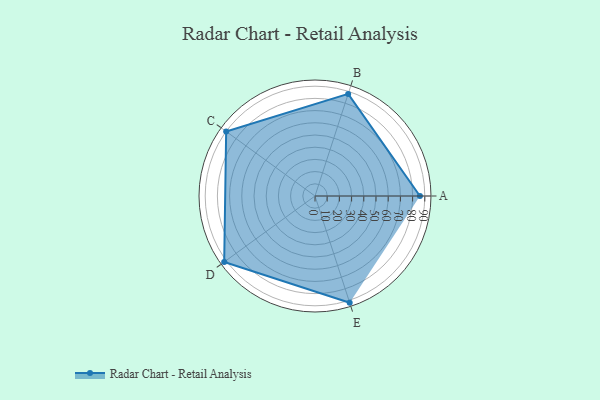
{"axis": {"x": "Skill", "y": "Score"}, "legend": ["Profile"], "data": [{"x": "A", "y": 86.0, "type": "Profile"}, {"x": "B", "y": 88.0, "type": "Profile"}, {"x": "C", "y": 90.0, "type": "Profile"}, {"x": "D", "y": 92.0, "type": "Profile"}, {"x": "E", "y": 92.0, "type": "Profile"}]}